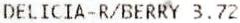
DELICIA-R/BERRY 3.72